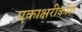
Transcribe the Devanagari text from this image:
एकाक्षरीकोश